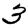
Digit: 3